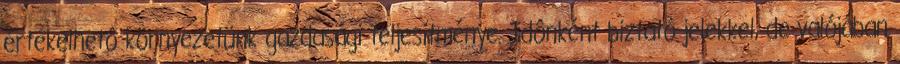
értékelhetô környezetünk gazdasági teljesítménye. Idônként biztató jelekkel, de valójában